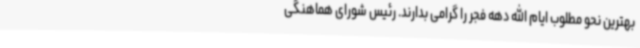
بهترین نحو مطلوب ایام الله دهه فجر را گرامی بدارند. رئیس شورای هماهنگی